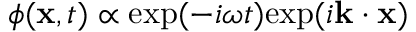
\phi ( \mathbf { x } , t ) \propto \mathrm { e x p } ( - i \omega t ) \mathrm { e x p } ( i \mathbf { k } \cdot \mathbf { x } )